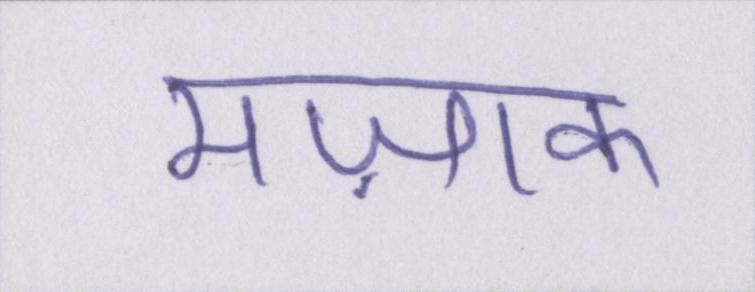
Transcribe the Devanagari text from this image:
मज़ाक